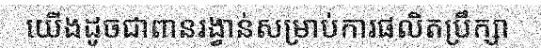
យើងដូចជាពានរង្វាន់សម្រាប់ការផលិតប្រឹក្សា